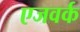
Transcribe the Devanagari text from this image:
एजवर्क